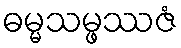
ဓမ္မသမ္ဖဿဇံ